Madras plague regulations and rules for the city of Madras
Disease focus: Plague
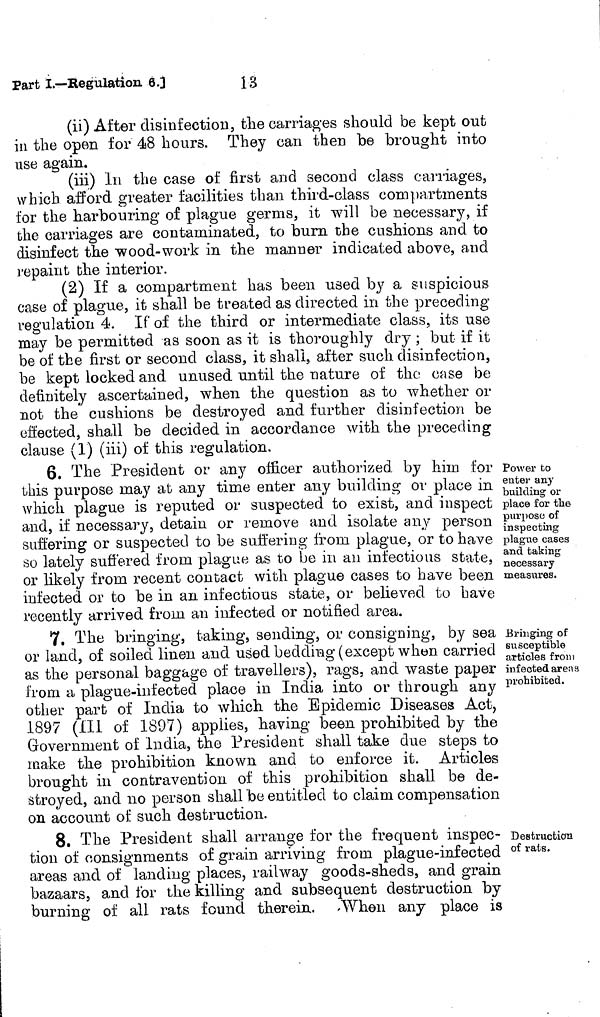
(ii) After disinfection, the carriages should be kept out
in the open for 48 hours. They can then be brought into
use again.
(iii) In the case of first and second class carriages,
which afford greater facilities than third-class compartments
for the harbouring of plague germs, it will be necessary, if
the carriages are contaminated, to burn the cushions and to
disinfect the wood-work in the manner indicated above, and
repaint the interior.
(2) If a compartment has been used by a suspicious
case of plague, it shall be treated as directed in the preceding
regulation 4. If of the third or intermediate class, its use
may be permitted as soon as it is thoroughly dry ; but if it
be of the first or second class, it shall, after such disinfection,
be kept locked and unused until the nature of the case be
definitely ascertained, when the question as to whether or
not the cushions be destroyed and further disinfection be
effected, shall be decided in accordance with the preceding
clause (1) (iii) of this regulation.
Power to
enter any
building or
place for the
purpose of
inspecting
plague cases
and taking
necessary
measures.
6. The President or any officer authorized by him for
this purpose may at any time enter any building or place in
which plague is reputed or suspected to exist, and inspect
and, if necessary, detain or remove and isolate any person
suffering or suspected to be suffering from plague, or to have
so lately suffered from plague as to be in an infectious state,
or likely from recent contact with plague cases to have been
infected or to be in an infectious state, or believed to have
recently arrived from an infected or notified area.
Bringing of
susceptible
articles from
infected areas
prohibited.
7. The bringing, taking, sending, or consigning, by sea
or land, of soiled linen and used bedding (except when carried
as the personal baggage of travellers), rags, and waste paper
from a plague-infected place in India into or through any
other part of India to which the Epidemic Diseases Act,
1897 (III of 1897) applies, having been prohibited by the
Government of India, the President shall take due steps to
make the prohibition known and to enforce it. Articles
brought in contravention of this prohibition shall be de-
stroyed, and no person shall be entitled to claim compensation
on account of such destruction.
Destruction
of rats.
8. The President shall arrange for the frequent inspec-
tion of consignments of grain arriving from plague-infected
areas and of landing places, railway goods-sheds, and grain
bazaars, and for the killing and subsequent destruction by
burning of all rats found therein. When any place is